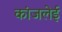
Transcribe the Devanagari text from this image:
कांजलेई